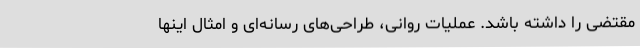
مقتضی را داشته باشد. عملیات روانی، طراحی‌های رسانه‌ای و امثال اینها